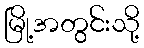
မြို့အတွင်းသို့